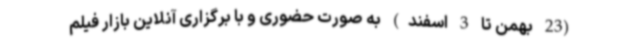
(23 بهمن تا 3 اسفند) به صورت حضوری و با برگزاری آنلاین بازار فیلم